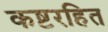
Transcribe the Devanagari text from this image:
कष्टरहित